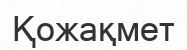
Қожақмет